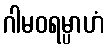
ဂါမဝရမ္ပာဟံ